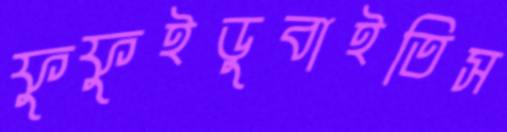
ফুফুইডুবাইতিস